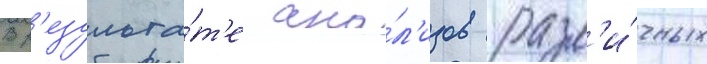
В р'езульта́т'е ана́л'изов разл'и́чных